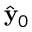
\hat { \mathbf { y } } _ { 0 }